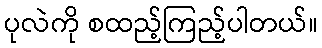
ပုလဲကို စထည့်ကြည့်ပါတယ်။